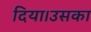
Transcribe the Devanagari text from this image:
दिया।उसका